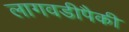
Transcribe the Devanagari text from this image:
लागवडीपैकी